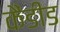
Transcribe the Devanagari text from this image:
कैंडीड